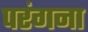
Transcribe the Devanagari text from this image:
परंगना